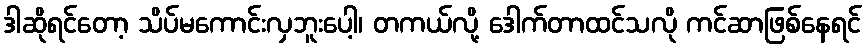
ဒါဆိုရင်တော့ သိပ်မကောင်းလှဘူးပေါ့၊ တကယ်လို့ ဒေါက်တာထင်သလို ကင်ဆာဖြစ်နေရင်